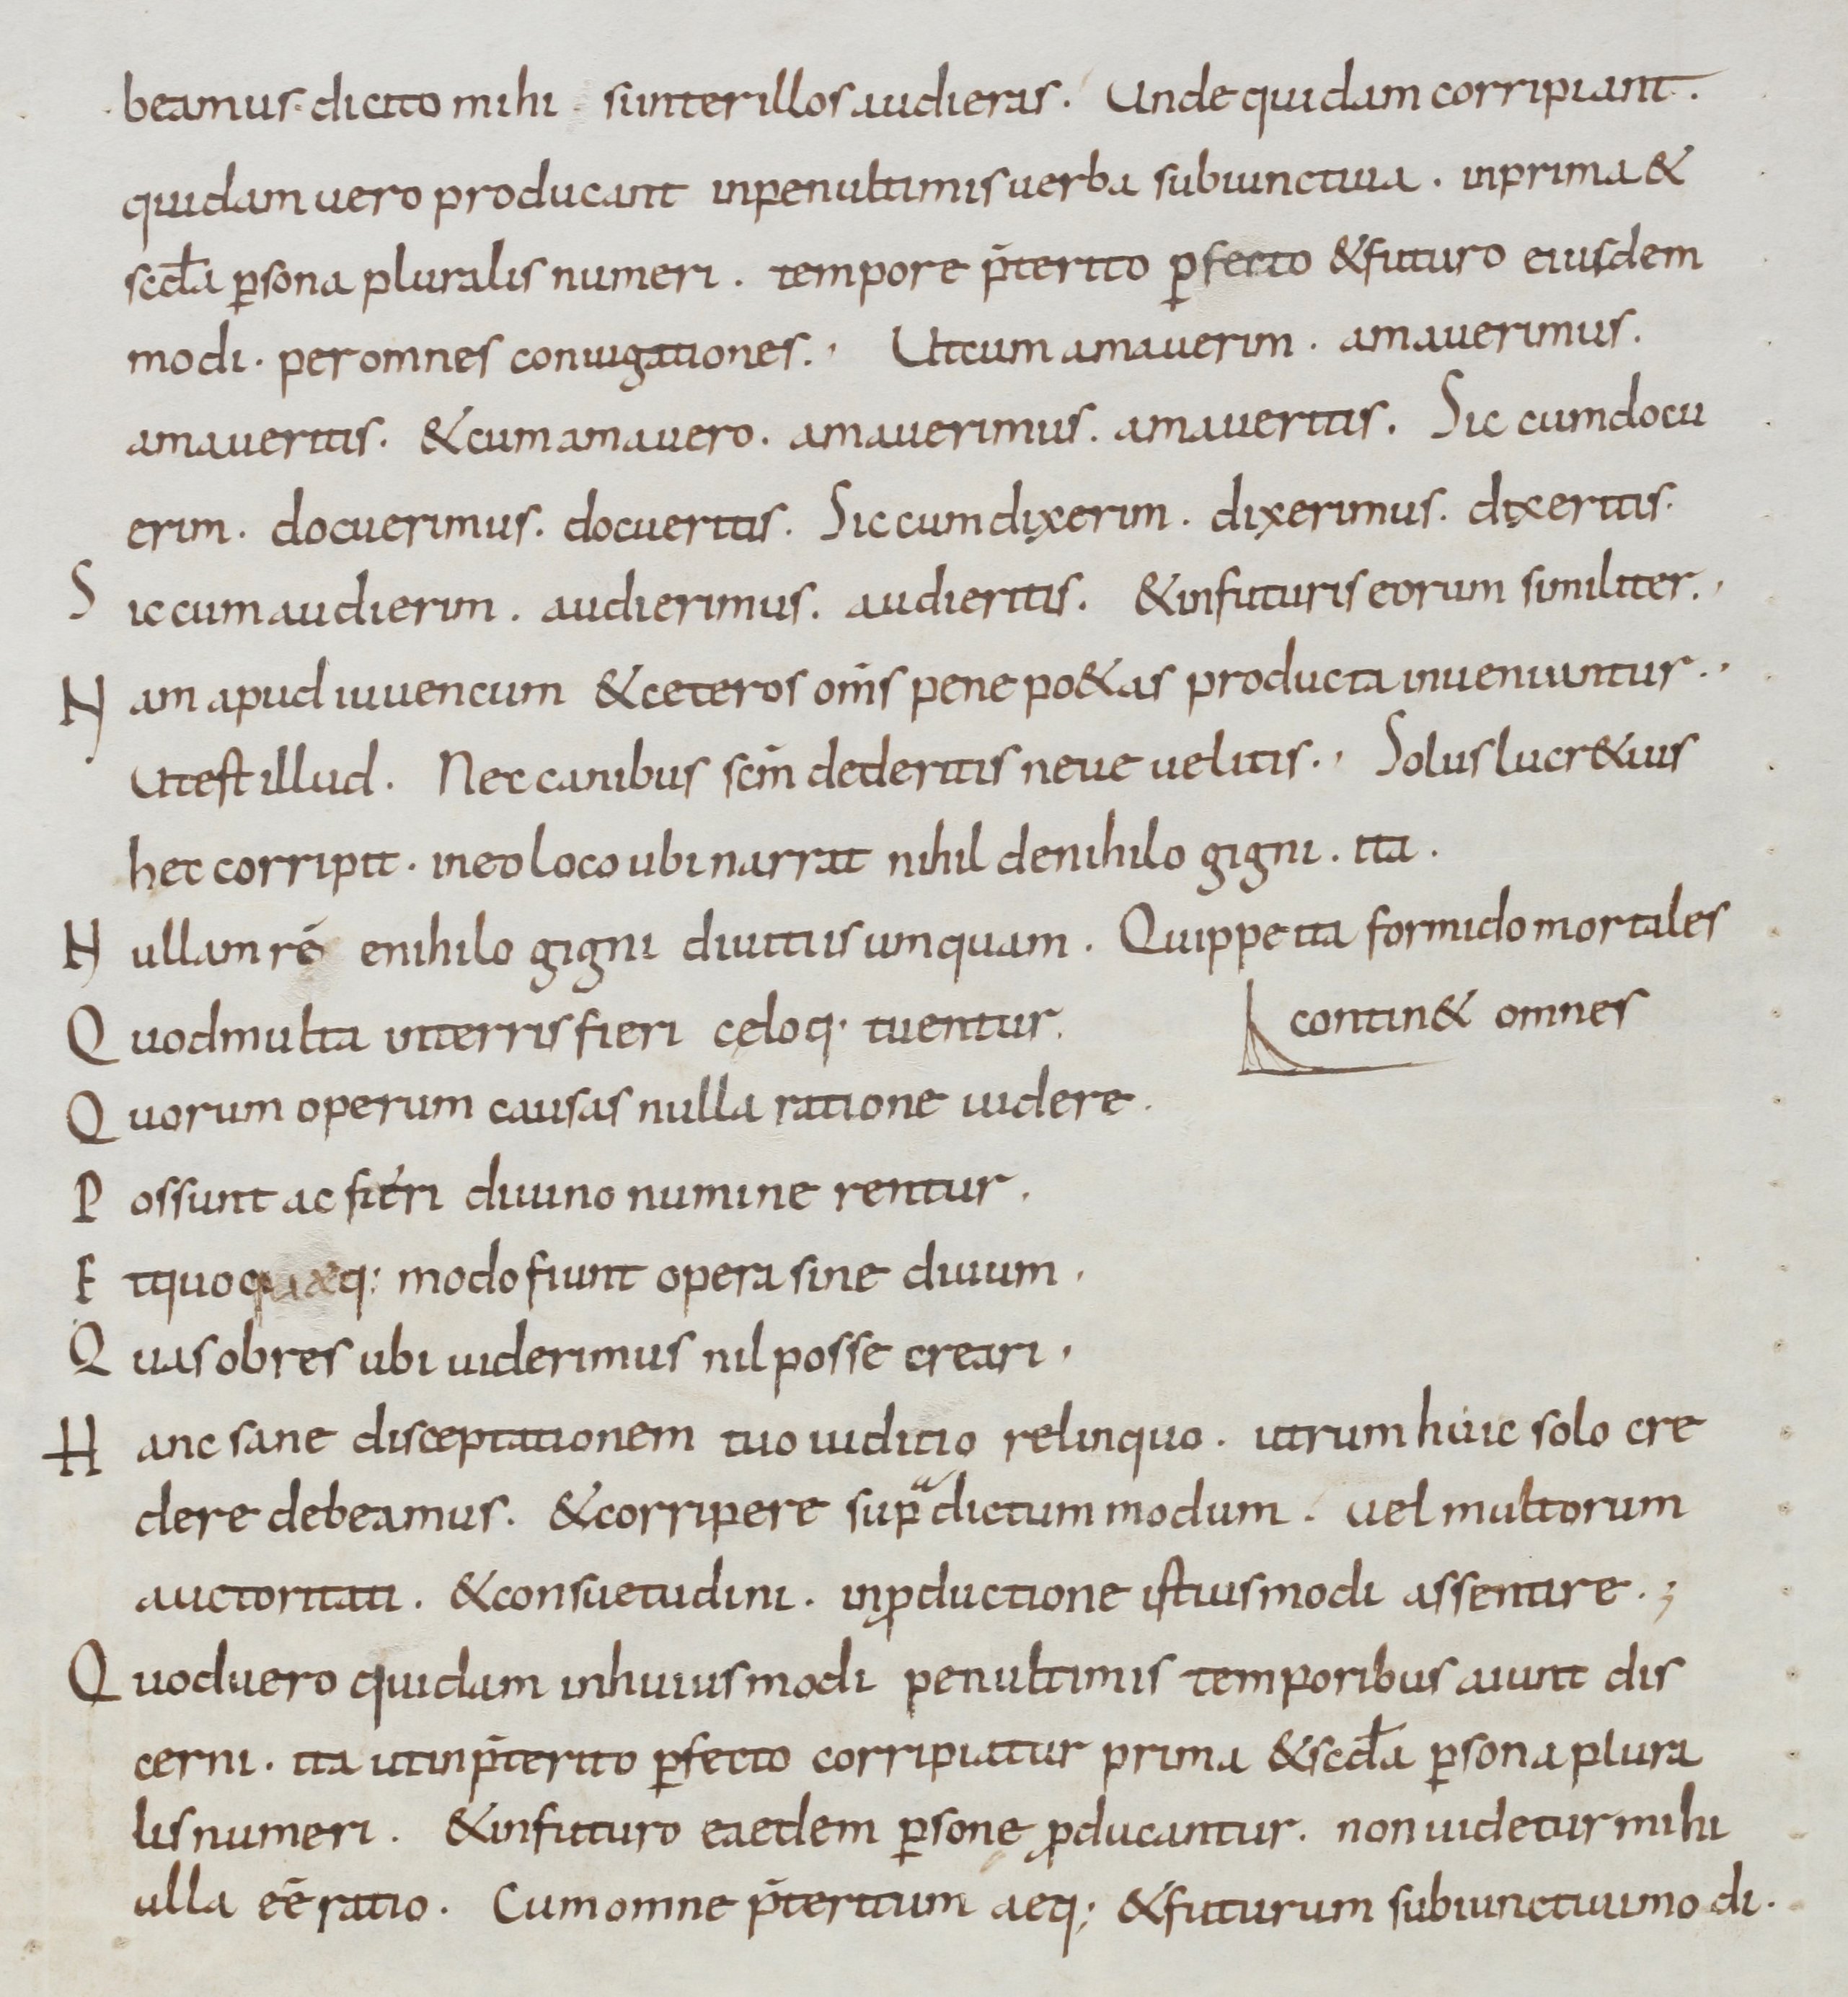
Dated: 900–999